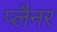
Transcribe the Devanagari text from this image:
प्लैनर